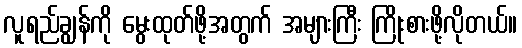
လူရည်ချွန်ကို မွေးထုတ်ဖို့အတွက် အများကြီး ကြိုးစားဖို့လိုတယ်။